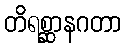
တိရစ္ဆာနဂတာ